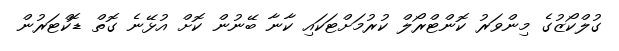
ގުލްކޯޒުގެ މިންވަރު ކޮންޓްރޯލް ކުރުމަށްޓަކައި ކާނާ ބޭނުން ކޮށް އުޅޭނެ ގޮތް ޑޮކްޓަރުން